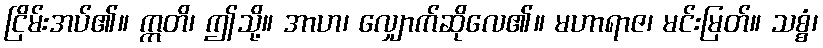
ငြိမ်းအပ်၏။ ဣတိ၊ ဤသို့။ အာဟ၊ လျှောက်ဆိုလေ၏။ မဟာရာဇ၊ မင်းမြတ်။ သစ္စံ၊